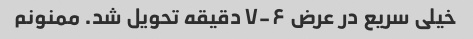
خیلی سریع در عرض ۶-۷ دقیقه تحویل شد. ممنونم